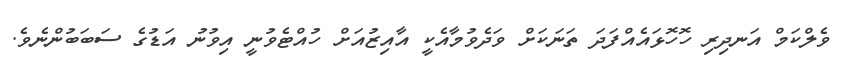
ވެލްކަމް އަނދިރި ހޮހޮޅައެއްފަދަ ތަނަކަށް ވަދެވުމާއެކީ އާއިޒުއަށް ހުއްޓެވުނީ އިވުނު އަޑުގެ ސަބަބުންނެވެ.